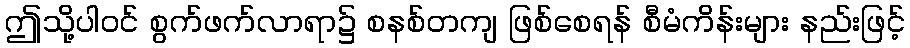
ဤသို့ပါဝင် စွက်ဖက်လာရာ၌ စနစ်တကျ ဖြစ်စေရန် စီမံကိန်းများ နည်းဖြင့်